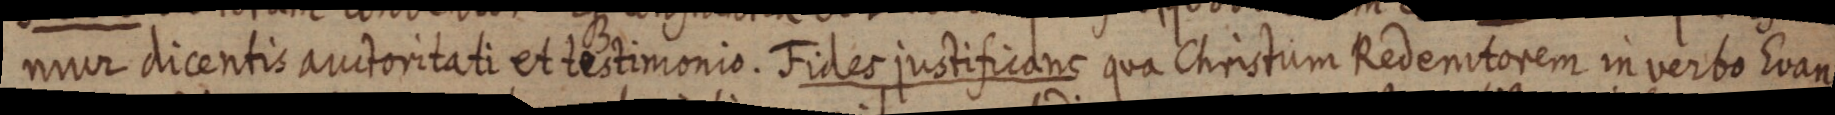
mur dicentis auctoritati et testimonis. Fides justificans qua Christum Redenitorem in verbo Evan